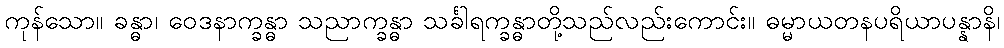
ကုန်သော။ ခန္ဓာ၊ ဝေဒနာက္ခန္ဓာ သညာက္ခန္ဓာ သင်္ခါရက္ခန္ဓာတို့သည်လည်းကောင်း။ ဓမ္မာယတနပရိယာပန္နာနိ၊